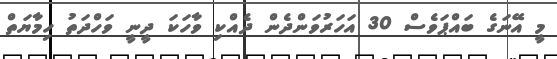
މީ އޭނަގެ ބައްޕަވެސް 30 އަހަރުވަންދެން ދެއްކި ވާހަކަ ދީނީ ވަހްދަތު ހިމާޔަތް